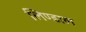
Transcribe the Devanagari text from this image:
लिण्डाल